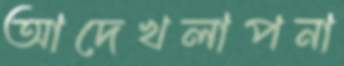
আদেখলাপনা